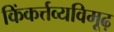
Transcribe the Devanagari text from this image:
किंकर्त्तव्यविमूढ़